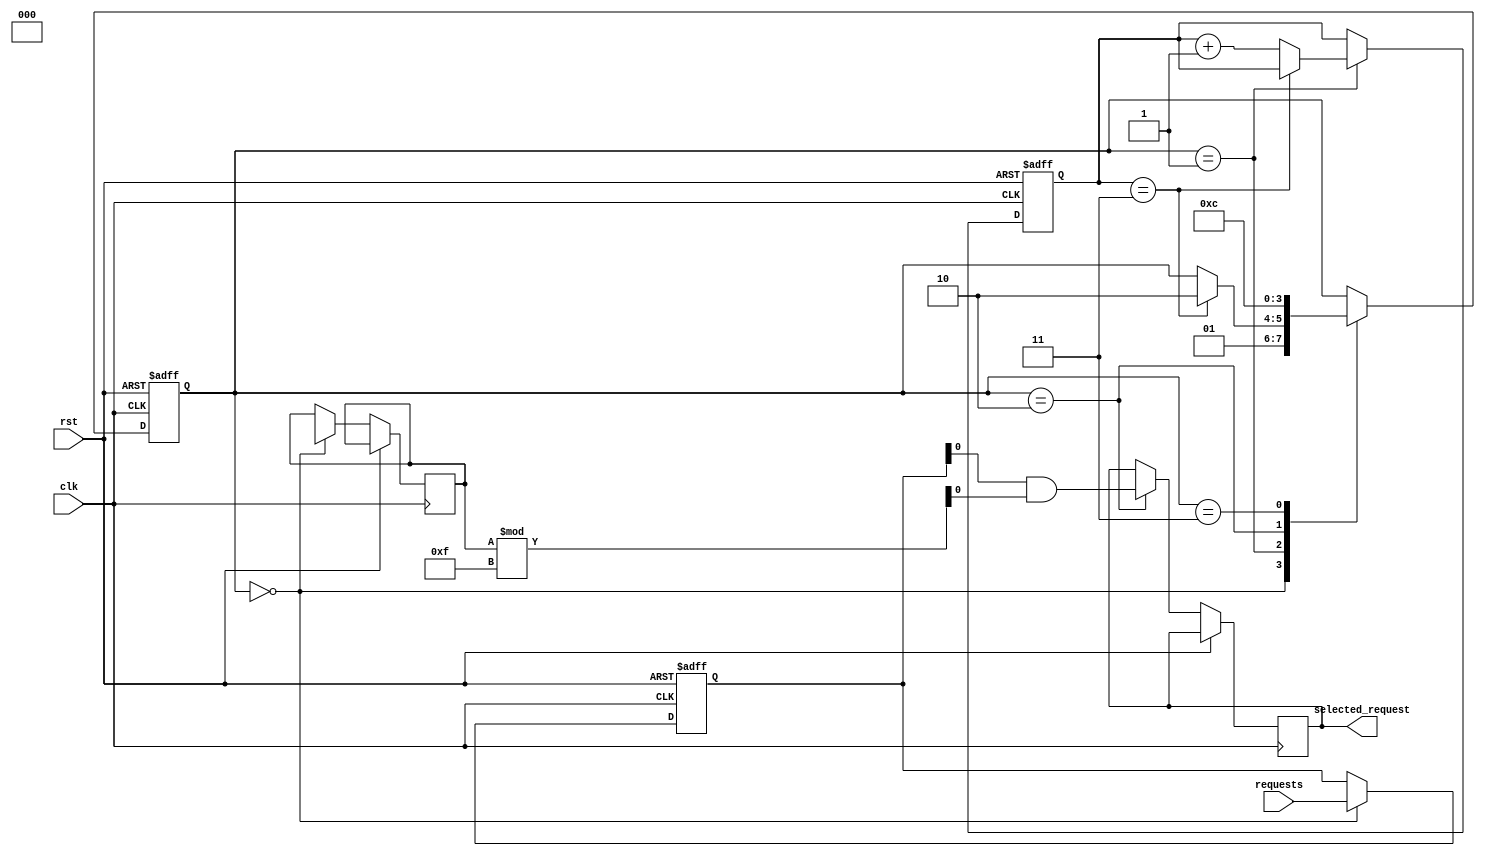
module random_arbiter (
  input wire clk,
  input wire rst,
  input wire [3:0] requests,
  output wire selected_request
);

reg [3:0] synced_requests;
reg [3:0] random_value;
reg [1:0] clk_count;
reg [1:0] state;

always @(posedge clk or posedge rst) begin
  if (rst) begin
    synced_requests <= 4'b0000;
    clk_count <= 2'b00;
    state <= 2'b00;
  end else begin
    case (state)
      2'b00: begin
        synced_requests <= requests;
        random_value <= $random;
        state <= 2'b01;
      end
      2'b01: begin
        if (clk_count == 2'b11) begin
          state <= 2'b10;
        end else begin
          clk_count <= clk_count + 1;
        end
      end
      2'b10: begin
        selected_request <= synced_requests & (random_value % 4'b1111);
        state <= 2'b11;
      end
      2'b11: begin
        state <= 2'b00;
      end
    endcase
  end
end

endmodule